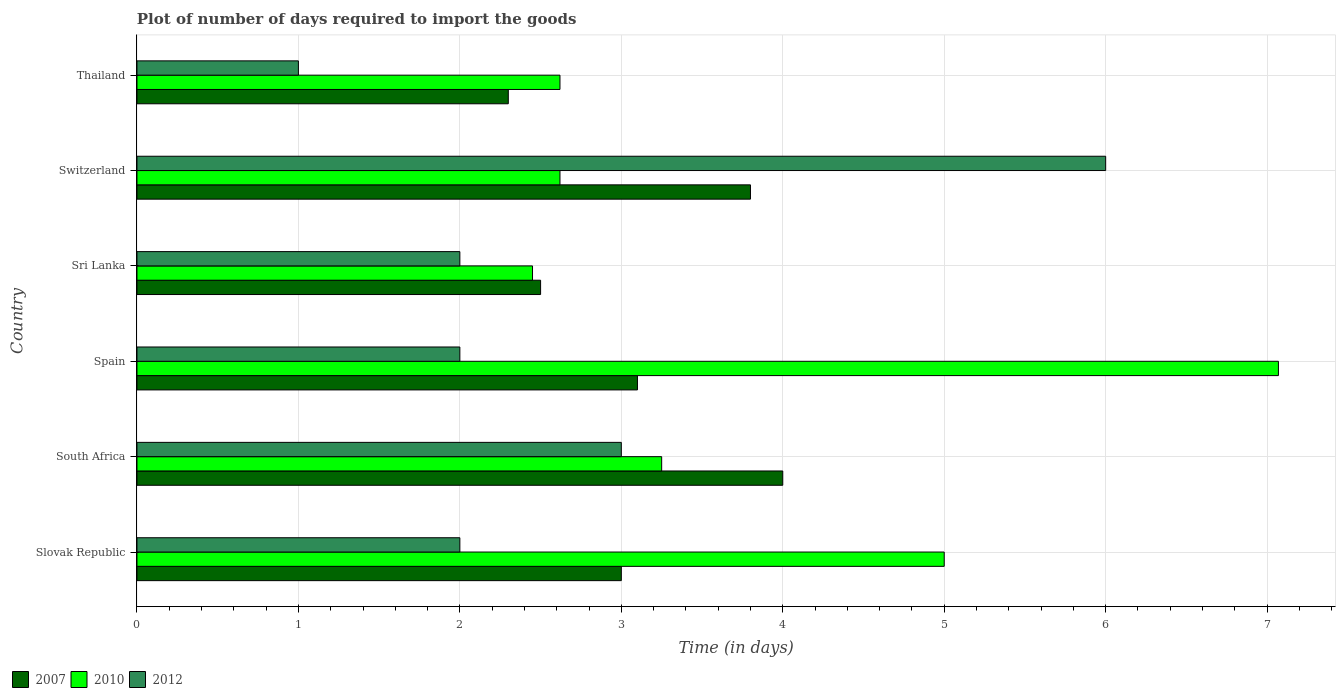
| Country | 2007 | 2010 | 2012 |
 | --- | --- | --- | --- |
 | Slovak Republic | 3 | 5 | 2 |
 | South Africa | 4 | 3.25 | 3 |
 | Spain | 3.1 | 7.07 | 2 |
 | Sri Lanka | 2.5 | 2.45 | 2 |
 | Switzerland | 3.8 | 2.62 | 6 |
 | Thailand | 2.3 | 2.62 | 1 |